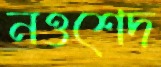
নওশেদ